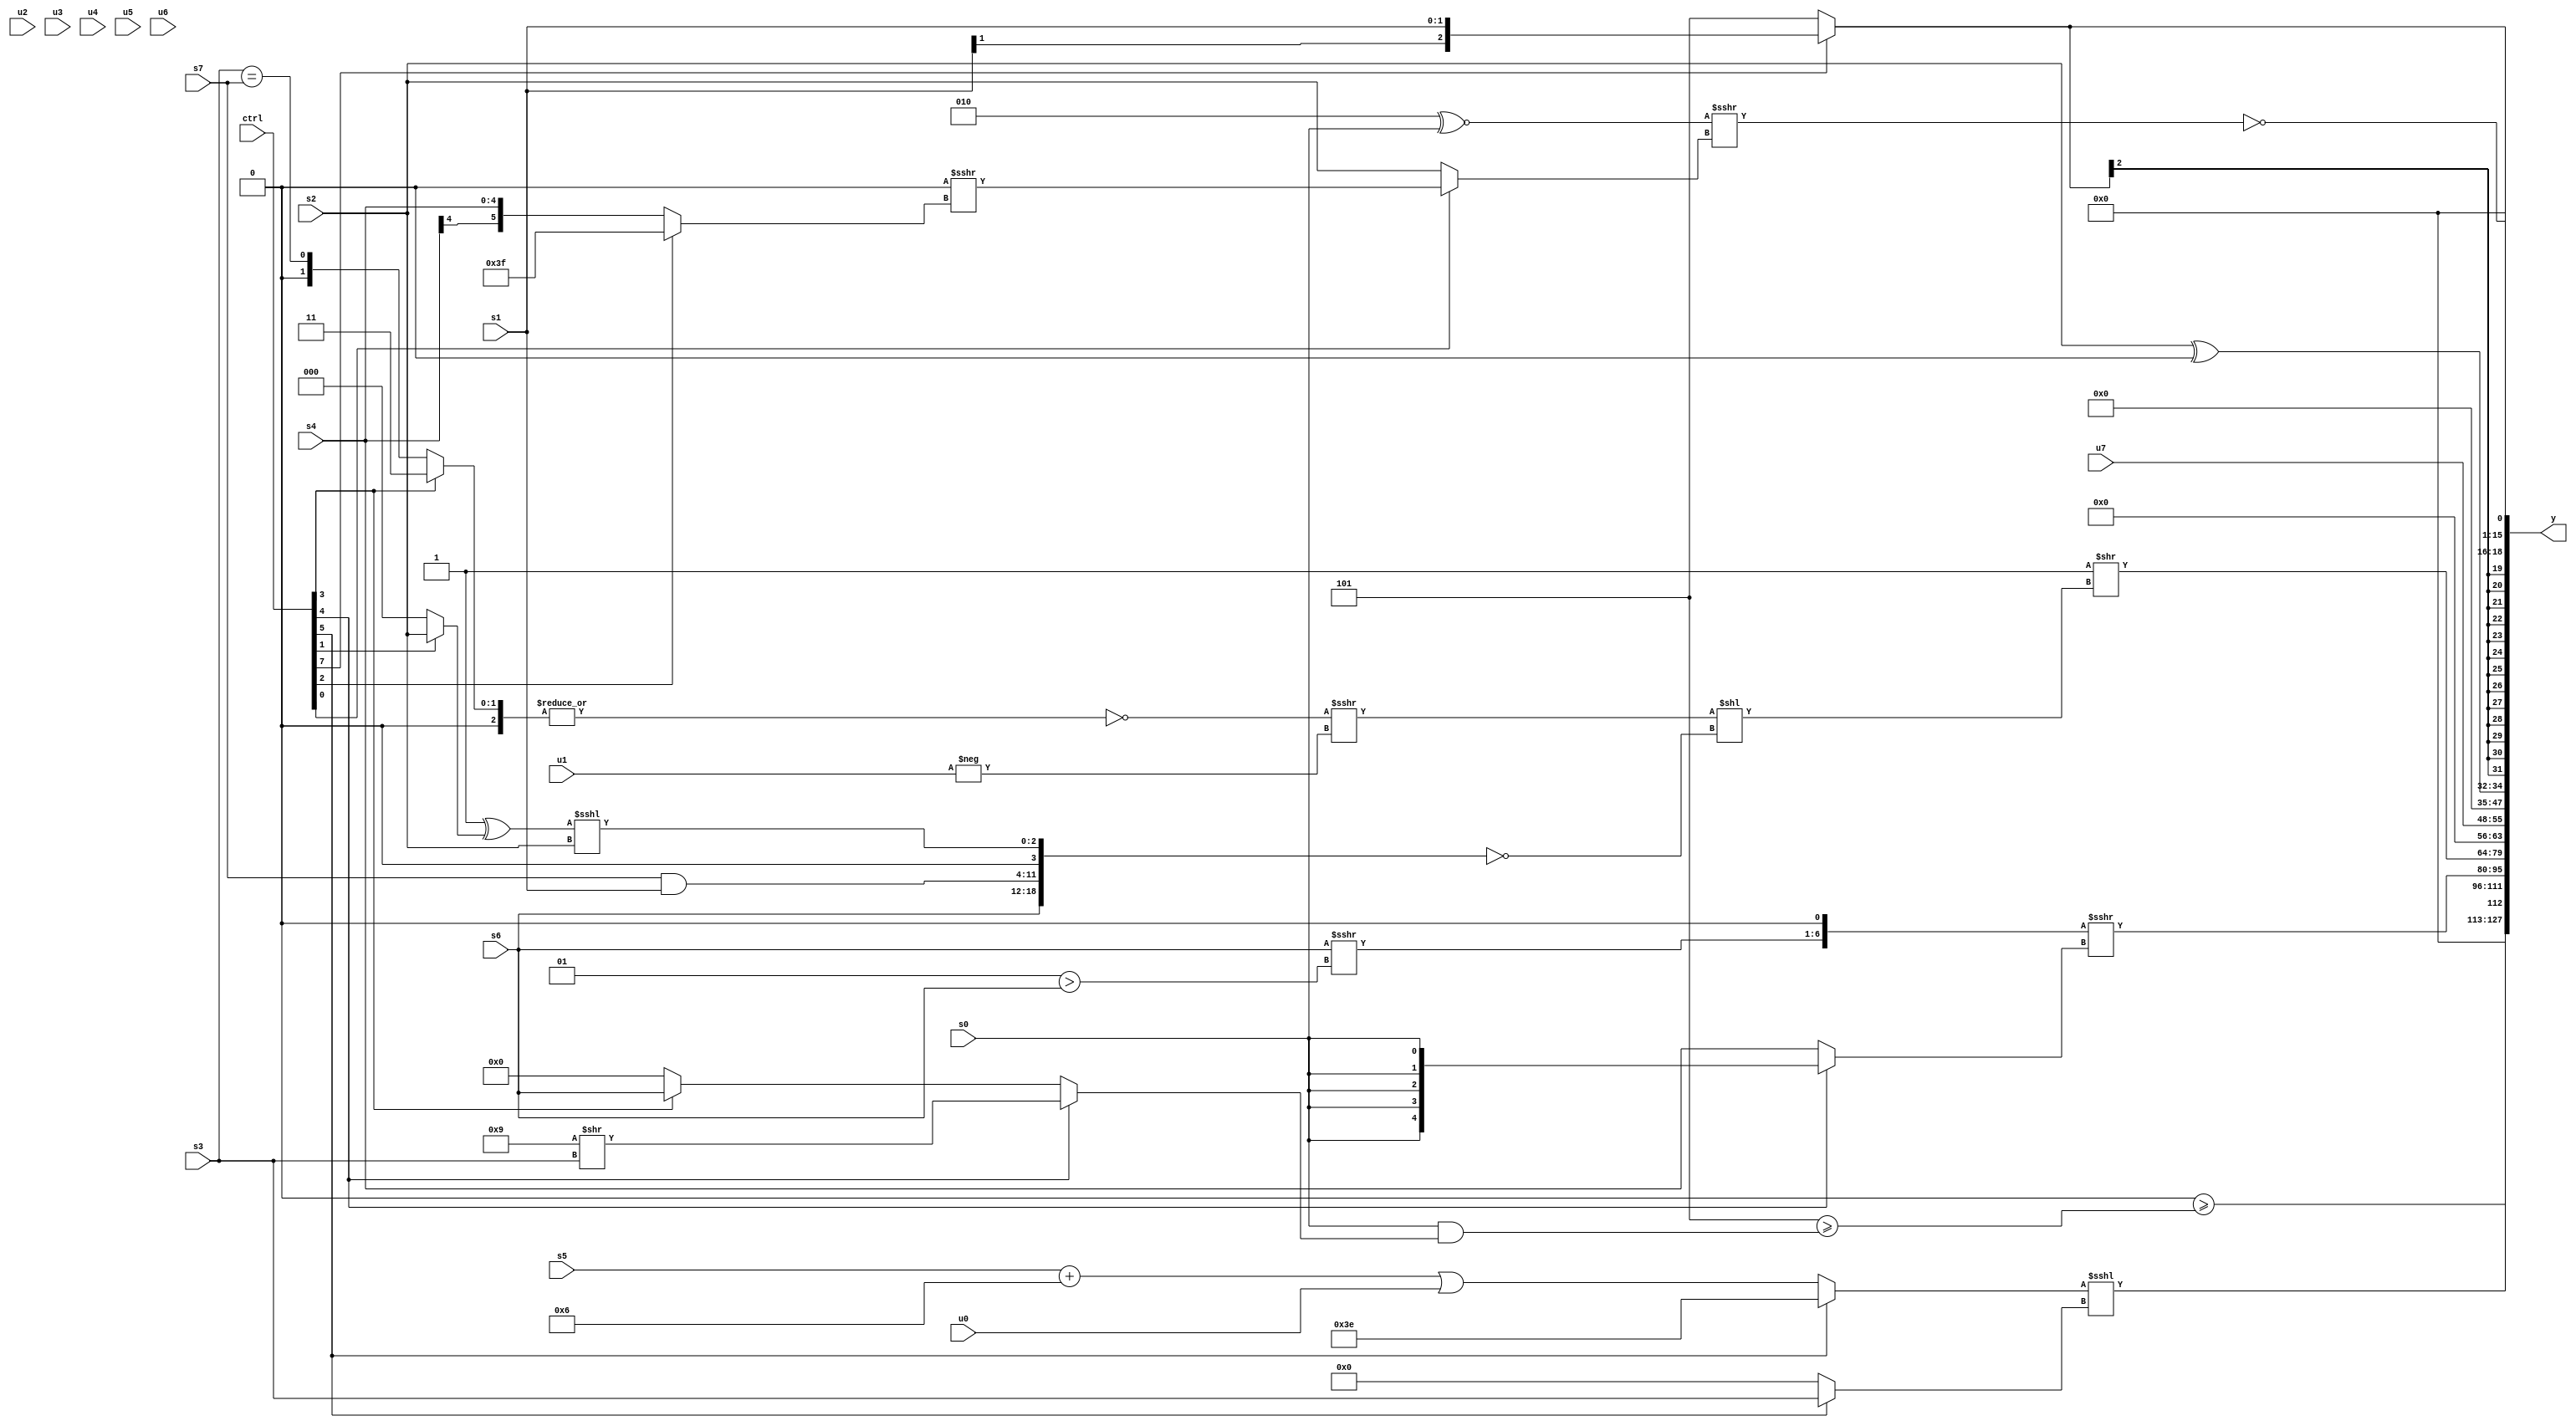
module wideexpr_00074(ctrl, u0, u1, u2, u3, u4, u5, u6, u7, s0, s1, s2, s3, s4, s5, s6, s7, y);
  input [7:0] ctrl;
  input [0:0] u0;
  input [1:0] u1;
  input [2:0] u2;
  input [3:0] u3;
  input [4:0] u4;
  input [5:0] u5;
  input [6:0] u6;
  input [7:0] u7;
  input signed [0:0] s0;
  input signed [1:0] s1;
  input signed [2:0] s2;
  input signed [3:0] s3;
  input signed [4:0] s4;
  input signed [5:0] s5;
  input signed [6:0] s6;
  input signed [7:0] s7;
  output [127:0] y;
  wire [15:0] y0;
  wire [15:0] y1;
  wire [15:0] y2;
  wire [15:0] y3;
  wire [15:0] y4;
  wire [15:0] y5;
  wire [15:0] y6;
  wire [15:0] y7;
  assign y = {y0,y1,y2,y3,y4,y5,y6,y7};
  assign y0 = ($unsigned(((ctrl[4]?5'sb11111:(ctrl[2]?+(-(s6)):(s7)>>(({!(4'sb0011),(1'sb1)<(3'b110),{1{s7}},(s3)|(3'sb110)})^~(3'sb110)))))<<((-(5'sb01101))^($signed((((ctrl[6]?(3'sb011)<<<(s3):2'sb00))<<<((+(4'sb1010))<<<((6'sb010101)==(6'sb010101))))&(1'sb0))))))>=(($signed(-(6'sb000011)))>=($signed((s0)&((ctrl[4]?($signed(5'sb01001))>>($signed($signed(s3))):(ctrl[3]?s6:((-(4'b1001))>>>($signed(4'sb1111)))<<($unsigned((4'sb1101)>>>(4'b0010)))))))));
  assign y1 = ({1{{1{+((ctrl[5]?$signed(3'sb110):((s5)+(4'sb0110))|($signed(u0))))}}}})<<<((ctrl[5]?s3:((ctrl[3]?(3'sb000)+(+((ctrl[6]?6'sb111011:2'b11))):(ctrl[0]?+(s0):$signed((ctrl[7]?s4:s3)))))<<<(4'b0111)));
  assign y2 = ($signed($signed(((+(s6))>>>((3'sb001)>(s6)))<<<(-(1'sb1)))))>>>((ctrl[4]?$signed((ctrl[4]?$signed(&(s0)):(ctrl[0]?4'sb0111:$signed(2'b01)))):s4));
  assign y3 = (1'b1)>>(((~|(((ctrl[3]?3'b011:(s3)==(s7)))>>>(2'b00)))>>>(-($signed({u1}))))<<(!({s6,(s7)&(s1),1'sb0,((3'sb111)^((ctrl[1]?s2:1'sb0)))<<<($signed($unsigned(s2)))})));
  assign y4 = u7;
  assign y5 = (+(s2))^((+((ctrl[3]?u0:{6'sb011111,((ctrl[3]?-(4'b1110):(ctrl[0]?s6:s4)))<=(2'sb00),s2})))<<($signed($unsigned(6'b101011))));
  assign y6 = (ctrl[7]?s1:3'sb101);
  assign y7 = !(((3'sb010)^~(+($signed(s0))))>>>((ctrl[0]?(+(3'sb000))>>>((ctrl[2]?6'sb111111:s4)):(ctrl[2]?s2:$signed(s2)))));
endmodule